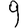
Digit: 9